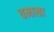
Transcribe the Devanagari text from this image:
वमासा